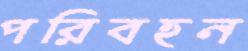
পরিবহন